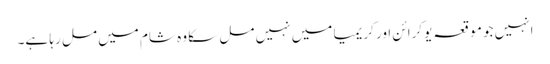
انہیں جو موقعہ یوکرائن اور کریمیا میں نہیں مل سکا وہ شام میں مل رہا ہے۔